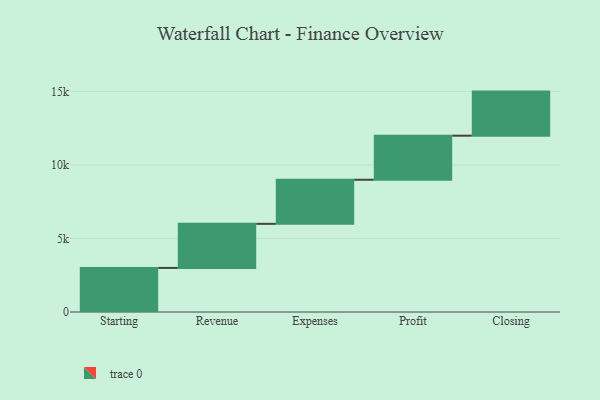
{"axis": {"x": "Step", "y": "Value"}, "legend": [""], "data": [{"x": "Starting", "y": 3000, "type": ""}, {"x": "Revenue", "y": 3000, "type": ""}, {"x": "Expenses", "y": 3000, "type": ""}, {"x": "Profit", "y": 3000, "type": ""}, {"x": "Closing", "y": 3000, "type": ""}]}